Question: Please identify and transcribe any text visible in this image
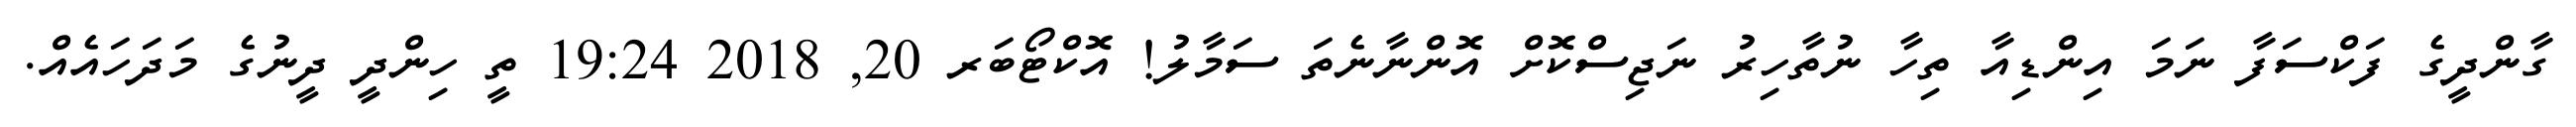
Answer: ގާންދީގެ ފަކްސަފާ ނަމަ އިންޑިއާ ތިހާ ނުތާހިރު ނަޖިސްކޮށް އޮންނާނެތަ ސަމާލު! އޮކްޓޯބަރ 20, 2018 19:24 ތީ ހިންދީ ދީނުގެ މަދަހައެއް.